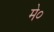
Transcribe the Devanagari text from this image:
मे०